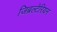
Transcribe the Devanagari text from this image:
जिब्रल्टेरियन